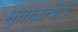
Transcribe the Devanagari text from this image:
मुत्तावल्पेर्रा